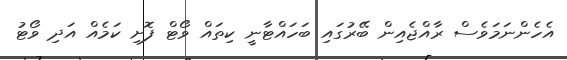
އެހެންނަމަވެސް ރާއްޖެއިން ބޭރުގައި ބަހައްޓާނީ ކިތައް ވޯޓް ފޮށި ކަމެއް އަދި ވޯޓު